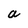
Character: a